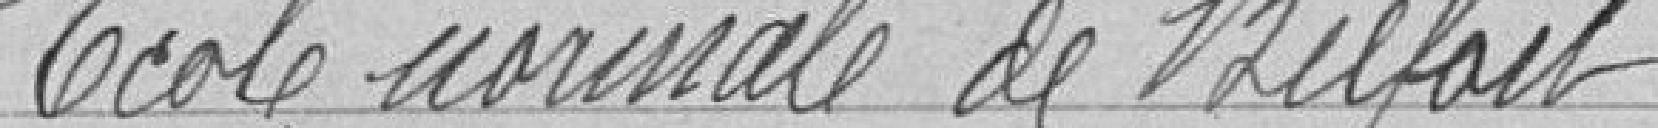
Ecole Normale de Belfort